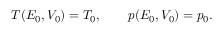
T ( E _ { 0 } , V _ { 0 } ) = T _ { 0 } , \qquad p ( E _ { 0 } , V _ { 0 } ) = p _ { 0 } .